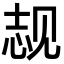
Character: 𬢌